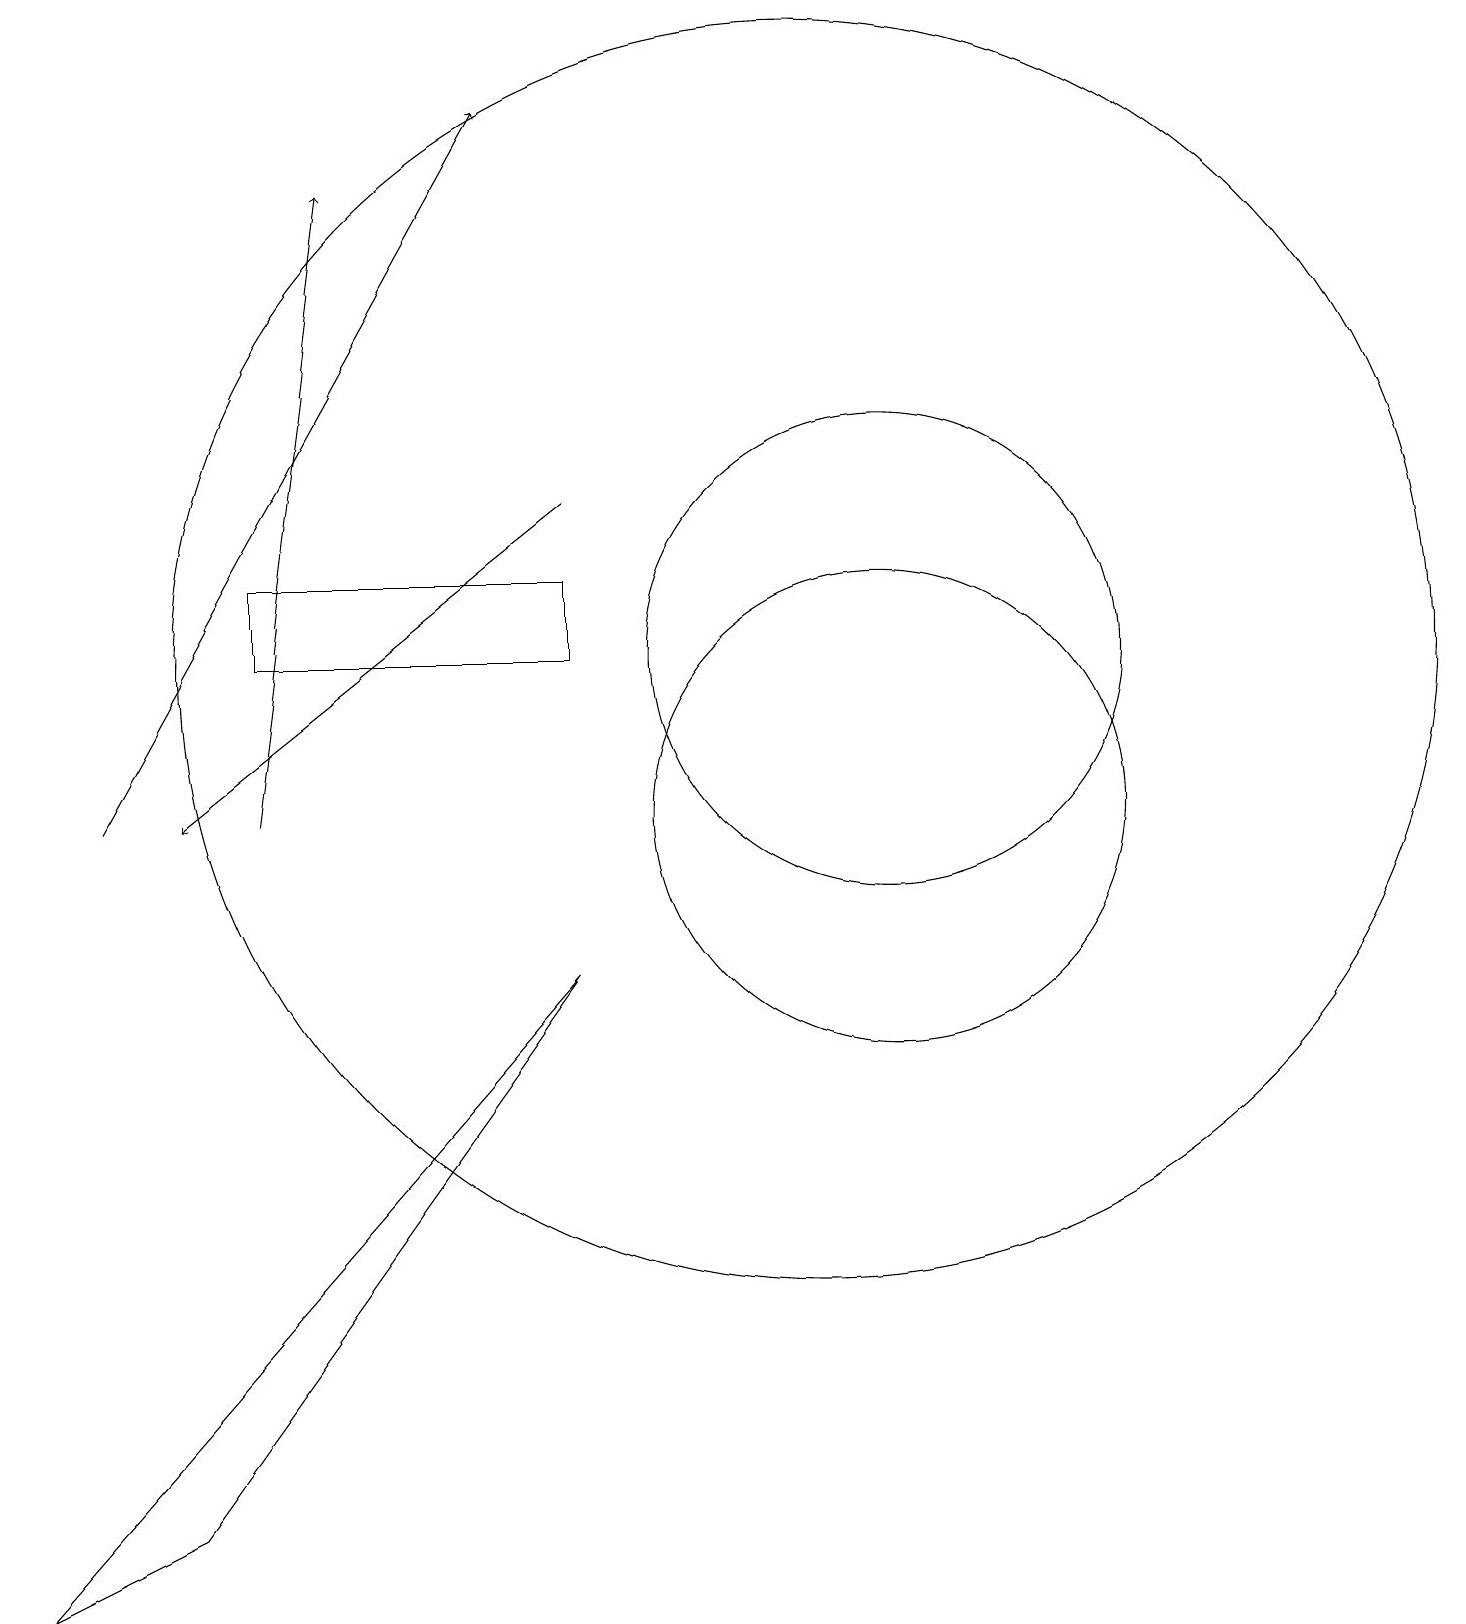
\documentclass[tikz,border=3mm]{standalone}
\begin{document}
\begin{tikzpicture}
\draw (10,12) circle (8);
\draw[->] (3,10) -- (4,18);
\draw (3,12) rectangle (7,13);
\draw (2,1) -- (7,8) -- (0,0) -- cycle;
\draw[->] (7,14) -- (2,10);
\draw (11,10) circle (3);
\draw[->] (1,10) -- (6,19);
\draw (11,12) circle (3);
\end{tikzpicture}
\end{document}